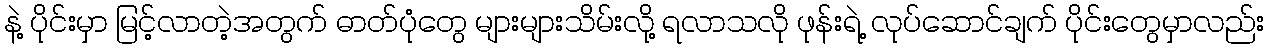
နဲ့ ပိုင်းမှာ မြင့်လာတဲ့အတွက် ဓာတ်ပုံတွေ များများသိမ်းလို့ ရလာသလို ဖုန်းရဲ့ လုပ်ဆောင်ချက် ပိုင်းတွေမှာလည်း